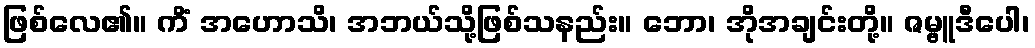
ဖြစ်လေ၏။ ကိံ အဟောသိ၊ အဘယ်သို့ဖြစ်သနည်း။ ဘော၊ အိုအချင်းတို့။ ဇမ္ဗူဒီပေါ၊